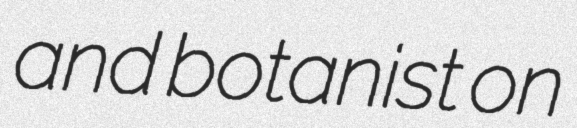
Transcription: and botanist on